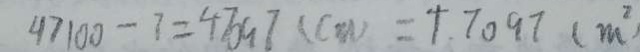
4 7 1 0 0 - 7 = 4 7 0 9 7 ( c m ) = 4 . 7 0 9 7 ( m ^ { 2 } )